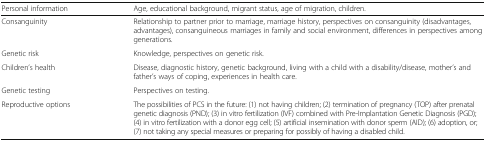
<table><thead><tr><td><b>Personal information</b></td><td><b>Age, educational background, migrant status, age of migration, children.</b></td></tr></thead><tbody><tr><td>Consanguinity</td><td>Relationship to partner prior to marriage, marriage history, perspectives on consanguinity (disadvantages, advantages), consanguineous marriages in family and social environment, differences in perspectives among generations.</td></tr><tr><td>Genetic risk</td><td>Knowledge, perspectives on genetic risk.</td></tr><tr><td>Children’s health</td><td>Disease, diagnostic history, genetic background, living with a child with a disability/disease, mother’s and father’s ways of coping, experiences in health care.</td></tr><tr><td>Genetic testing</td><td>Perspectives on testing.</td></tr><tr><td>Reproductive options</td><td>The possibilities of PCS in the future: (1) not having children; (2) termination of pregnancy (TOP) after prenatal genetic diagnosis (PND); (3) in vitro fertilization (IVF) combined with Pre-Implantation Genetic Diagnosis (PGD); (4) in vitro fertilization with a donor egg cell; (5) artificial insemination with donor sperm (AID); (6) adoption, or; (7) not taking any special measures or preparing for possibly of having a disabled child.</td></tr></tbody></table>